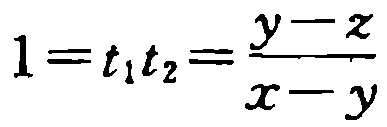
$1 = t_{1}t_{2}=\frac{y - z}{x - y}$